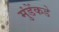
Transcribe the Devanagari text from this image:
मुंडेंकडे